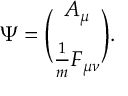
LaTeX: \Psi = { \binom { A _ { \mu } } { \frac { 1 } { m } F _ { \mu \nu } } } .